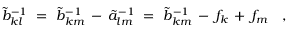
\tilde { b } _ { k l } ^ { - 1 } ~ = ~ \tilde { b } _ { k m } ^ { - 1 } \, - \, \tilde { a } _ { l m } ^ { - 1 } ~ = ~ \tilde { b } _ { k m } ^ { - 1 } \, - \, f _ { k } \, + \, f _ { m } ~ ~ ~ ,